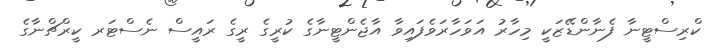
ކްރިސްޓީނާ ފެނާންޑޭޒަކީ މިހާރު އަވަހާރަވެފައިވާ އާޖެންޓީނާގެ ކުރީގެ ރީގެ ރައީސް ނެސްޓަރ ކީރްޗްނާގެ